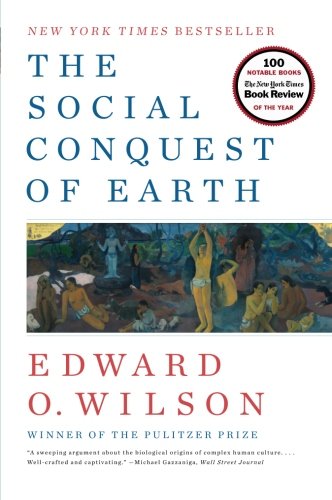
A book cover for The Social Conquest of Earth; Edward O. Wilson; Science & Math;